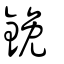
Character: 鋔